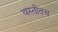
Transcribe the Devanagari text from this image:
वस्तीतच